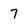
Character: 7